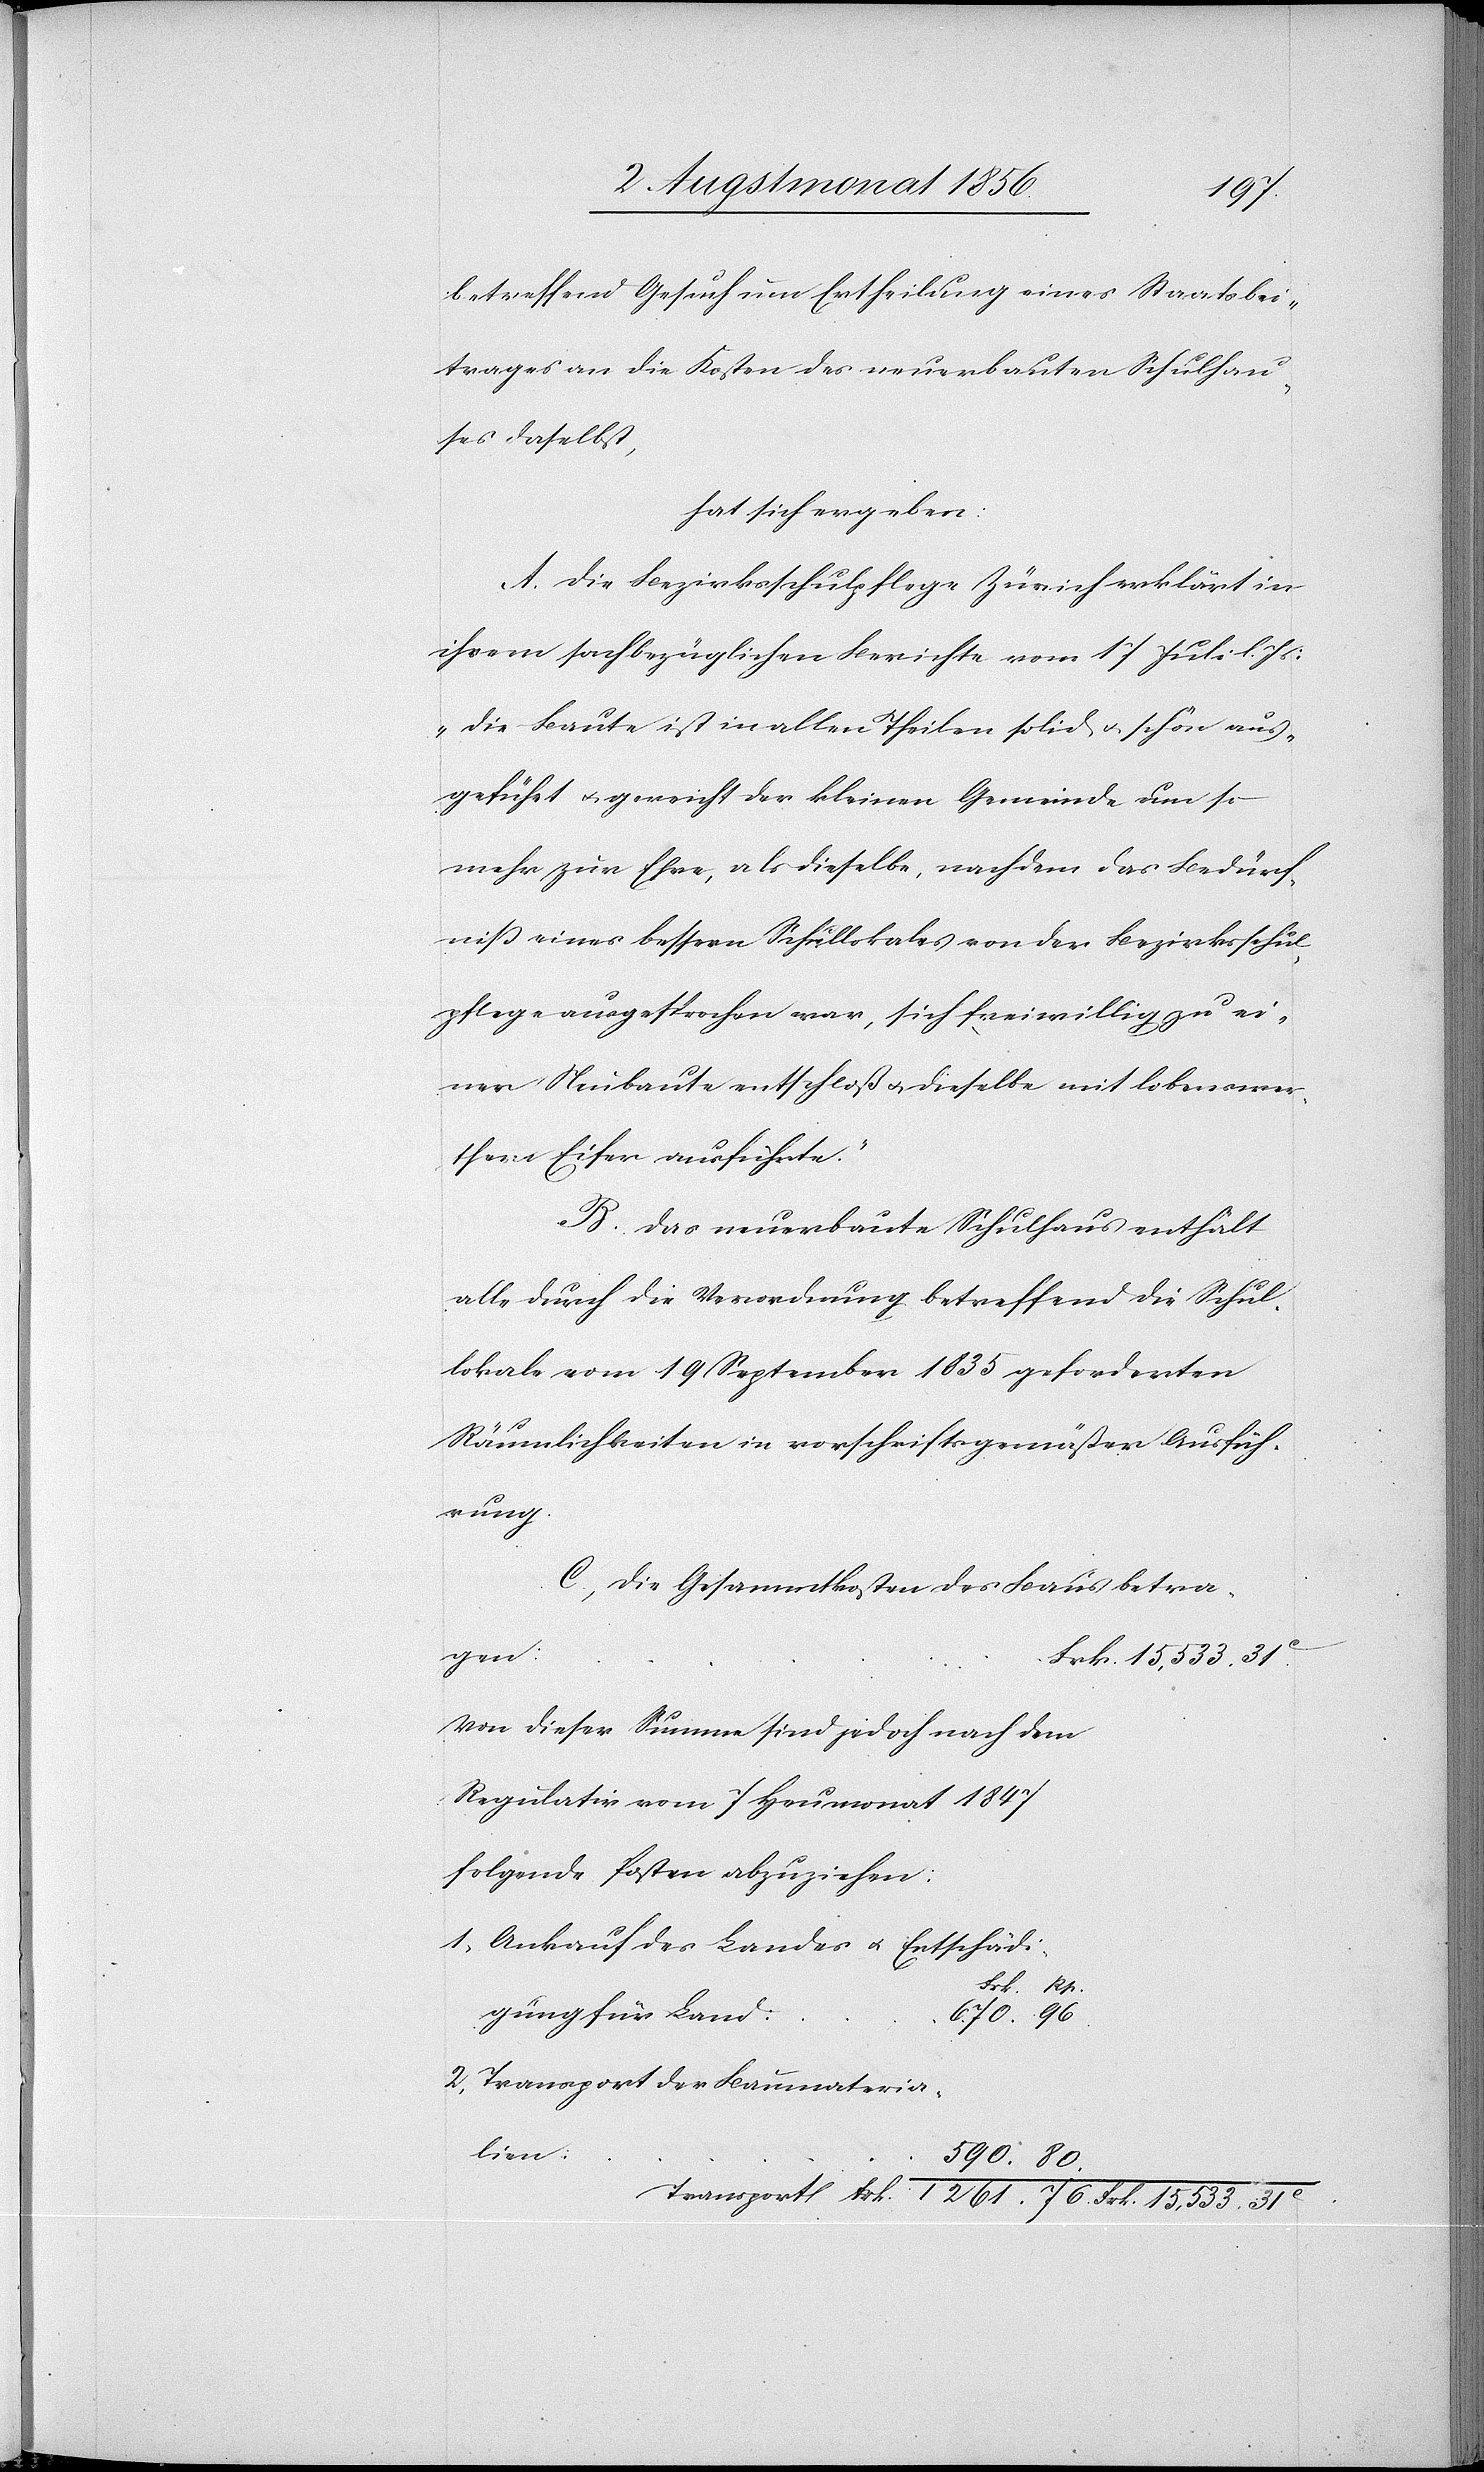
80.
betreffend Gesuch um Ertheilung eines Staatsbei¬
trages an die Kosten des neuerbauten Schulhau¬
ses daselbst,
hat sich ergeben:
A. Die Bezirksschulpflege Zürich erklärt in
ihrem sachbezüglichen Berichte vom 17 Juli l. Js:
"Die Baute ist in allen Theilen solid u. schön aus¬
geführt u. gereicht der kleinen Gemeinde um so
mehr zur Ehre, als dieselbe, nachdem das Bedürf¬
niss eines bessern Schullokales von der Bezirksschul¬
pflege ausgesprochen war, sich freiwillig zu ei¬
ner Neubaute entschloß u. dieselbe mit lobenswer¬
them Eifer ausführte."
B. Das neuerbaute Schulhaus enthält
alle durch die Verordnung betreffend die Schul¬
lokale vom 19 September 1835 geforderten
Räumlichkeiten in vorschriftsgemäßer Ausfüh¬
rung.
C. Die Gesammtkosten des Baus betra¬
gen:
Von dieser Summe sind jedoch nach dem
Regulativ vom 7 Heumonat 1847
folgende Posten abzuziehen:
1.) Ankauf des Landes u. Entschädi¬
gung für Land:
2.) Transport der Baumateria¬
lien: